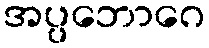
အပ္ပဘောဂေ